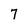
Character: 7